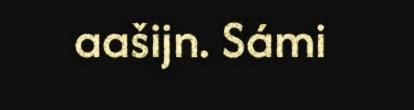
aašijn. Sámi